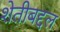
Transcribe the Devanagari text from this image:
शेतीबद्दल